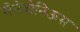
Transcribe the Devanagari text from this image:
सेलेदोनिऊस